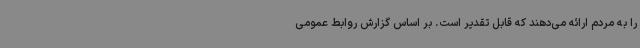
را به مردم ارائه می‌دهند که قابل تقدیر است. بر اساس گزارش روابط عمومی